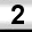
Digit: 2